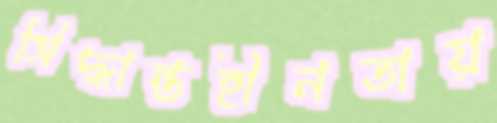
সিদ্ধান্তহীনতায়